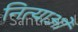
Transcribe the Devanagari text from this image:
नित्याओं